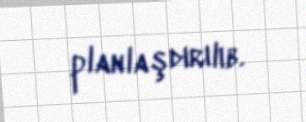
planlaşdırılıb.